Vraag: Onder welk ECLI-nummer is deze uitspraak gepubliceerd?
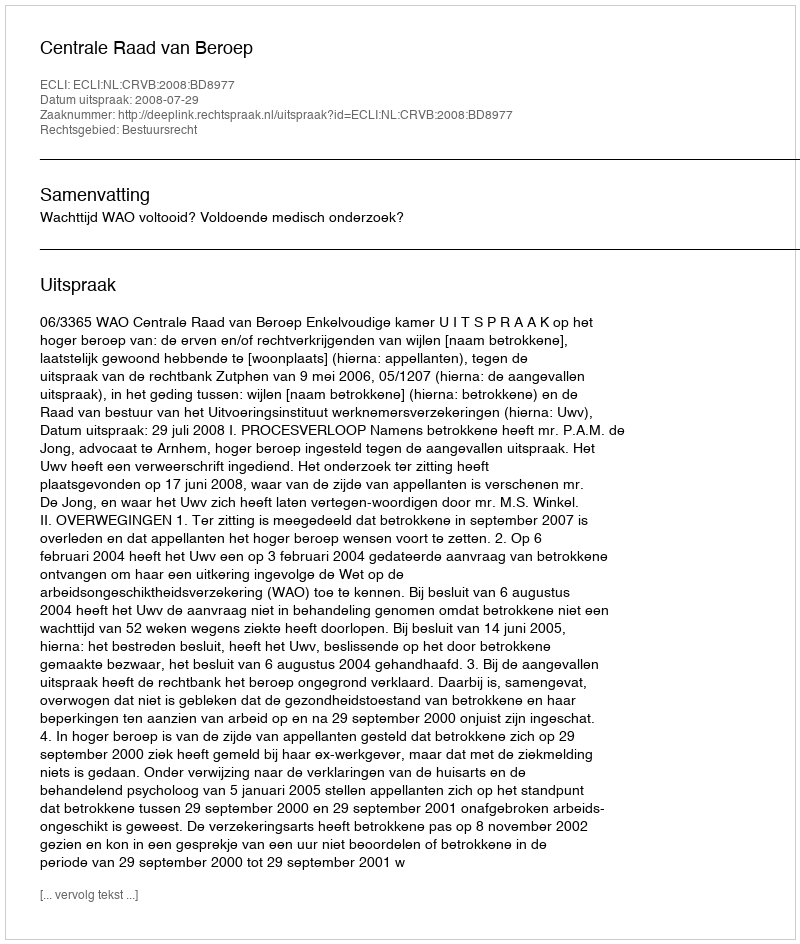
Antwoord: ECLI:NL:CRVB:2008:BD8977